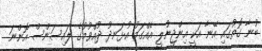
ބުނާ ގޮތުގައި އޭނާ އަކީ އިންޖީނުލީ އެއްގަމު އުޅަނދު ދުއްވުމުގެ ލައިސަންސް އޮންނަ